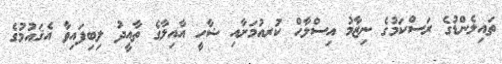
ތައިލެންޑުގެ ރަސްކަމުގެ ނިޒާމު އިސްލާހް ކުރއުމަށާއި ޝާހީ އާއިލާގެ ތާއީދު ލިބިފައިވާ އެޤައުމުގެ